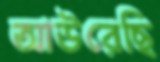
আউরেছি